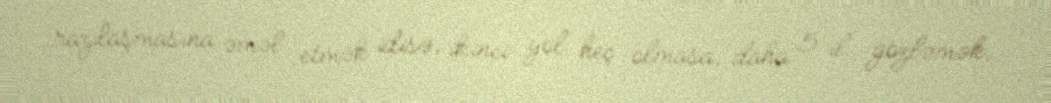
razılaşmasına əməl etmək idisə, ikinci yol heç olmasa, daha 5 il gözləmək,